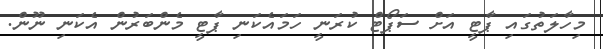
މިހާލަތުގައި ޕާޓީ އަށް ސަޕޯޓް ކުރަނީ ހަމައެކަނި ޕާޓީ މެންބަރުން އެކަނި ނޫން.